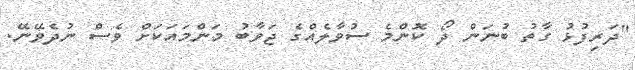
"ދަރިފުޅު ގާތު ބުނަން ދޯ ކޮންމެ ސުވާލެއްގެ ޖަވާބު މަންމައަކަށް ވެސް ނުދެވޭނޭ.